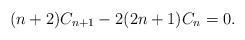
LaTeX: \begin{align*} (n+2)C_{n+1} - 2(2n+1)C_n = 0. \end{align*}